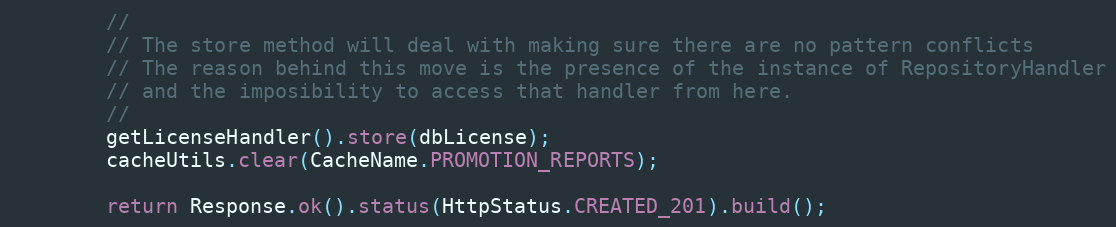
Language: Java
        //
        // The store method will deal with making sure there are no pattern conflicts
        // The reason behind this move is the presence of the instance of RepositoryHandler
        // and the imposibility to access that handler from here.
        //
        getLicenseHandler().store(dbLicense);
        cacheUtils.clear(CacheName.PROMOTION_REPORTS);

		return Response.ok().status(HttpStatus.CREATED_201).build();